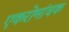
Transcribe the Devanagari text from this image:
एकरोमांचक